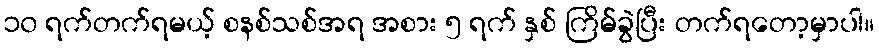
၁၀ ရက်တက်ရမယ့် စနစ်သစ်အရ အစား ၅ ရက် နှစ် ကြိမ်ခွဲပြီး တက်ရတော့မှာပါ။